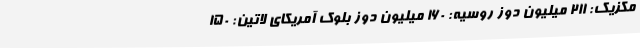
مکزیک: 211 میلیون دوز روسیه: 160 میلیون دوز بلوک آمریکای لاتین: 150